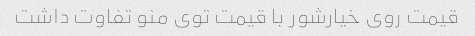
قیمت روی خیارشور با قیمت توی منو تفاوت داشت